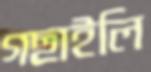
গছাইলি